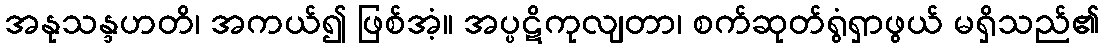
အနုသန္ဒဟတိ၊ အကယ်၍ ဖြစ်အံ့။ အပ္ပဋိကုလျတာ၊ စက်ဆုတ်ရွံရှာဖွယ် မရှိသည်၏